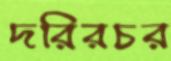
দরিরচর